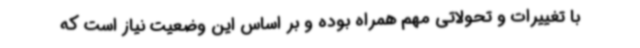
با تغییرات و تحولاتی مهم همراه بوده و بر اساس این وضعیت نیاز است که